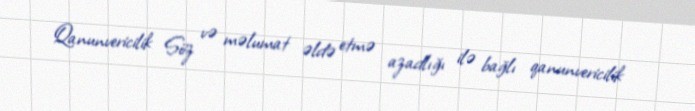
Qanunvericilik Söz və məlumat əldə etmə azadlığı ilə bağlı qanunvericilik